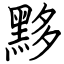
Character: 黟